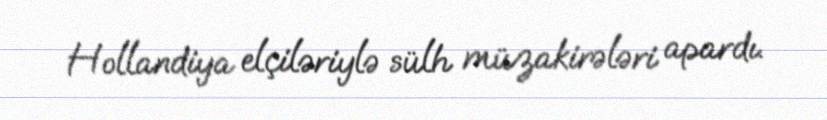
Hollandiya elçiləriylə sülh müzakirələri apardı.